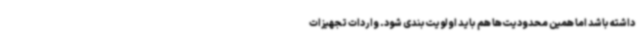
داشته باشد اما همین محدودیت‌ها هم باید اولویت‌بندی شود. واردات تجهیزات